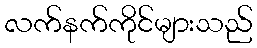
လက်နက်ကိုင်များသည်